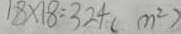
1 8 \times 1 8 = 3 2 4 ( m ^ { 2 } )